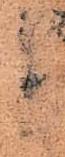
と